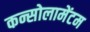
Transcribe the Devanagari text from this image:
कन्सोलामेंटम